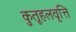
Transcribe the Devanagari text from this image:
कुतूहलवृत्ति